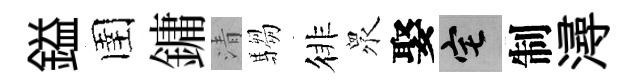
鎰圉鏞清騶徘衆娶宅制潯